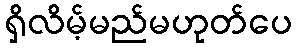
ရှိလိမ့်မည်မဟုတ်ပေ